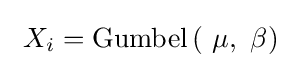
\ X_{i}={\textrm {Gumbel}}\left(\ \mu ,\ \beta \right)\